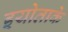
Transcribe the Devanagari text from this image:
इयोताके